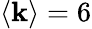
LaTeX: \langle\mathbf{k}\rangle=6